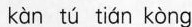
kan tu tian kong